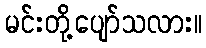
မင်းတို့ပျော်သလား။